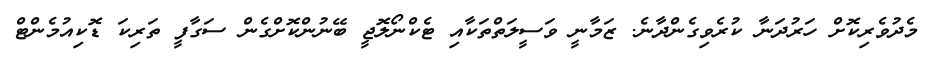
މެދުވެރިކޮށް ހަރުދަނާ ކުރެވިގެންދާނެ. ޒަމާނީ ވަސީލަތްތަކާއި ޓެކްނޯލޮޖީ ބޭނުންކޮށްގެން ސަގާފީ ތަރިކަ ޑޮކިއުމެންޓް